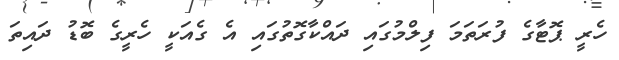
ހެރީ ޕޮޓާގެ ފުރަތަމަ ފިލްމުގައި ދައްކާގޮތުގައި އެ ގެއަކީ ހެރީގެ ބޮޑު ދައިތަ